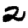
Digit: 2